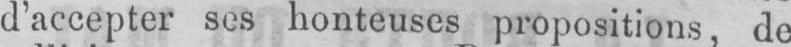
d’accepter ses honteuses propositions de